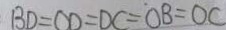
B D = O D = O C = O B = O C